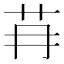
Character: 䒣